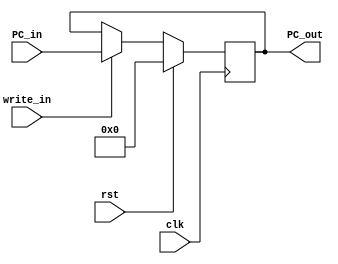
module PCReg(PC_out, PC_in, clk, rst, write_in);

  output reg [31:0] PC_out;
  input [31:0] PC_in;
  input clk, rst, write_in;

  always@(posedge clk) begin
    if(rst == 1'b1)
      PC_out <= 32'b0;
    else
      if(write_in == 1'b1)
        PC_out <= PC_in;
  end

endmodule